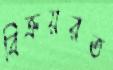
বিক্রয়রত